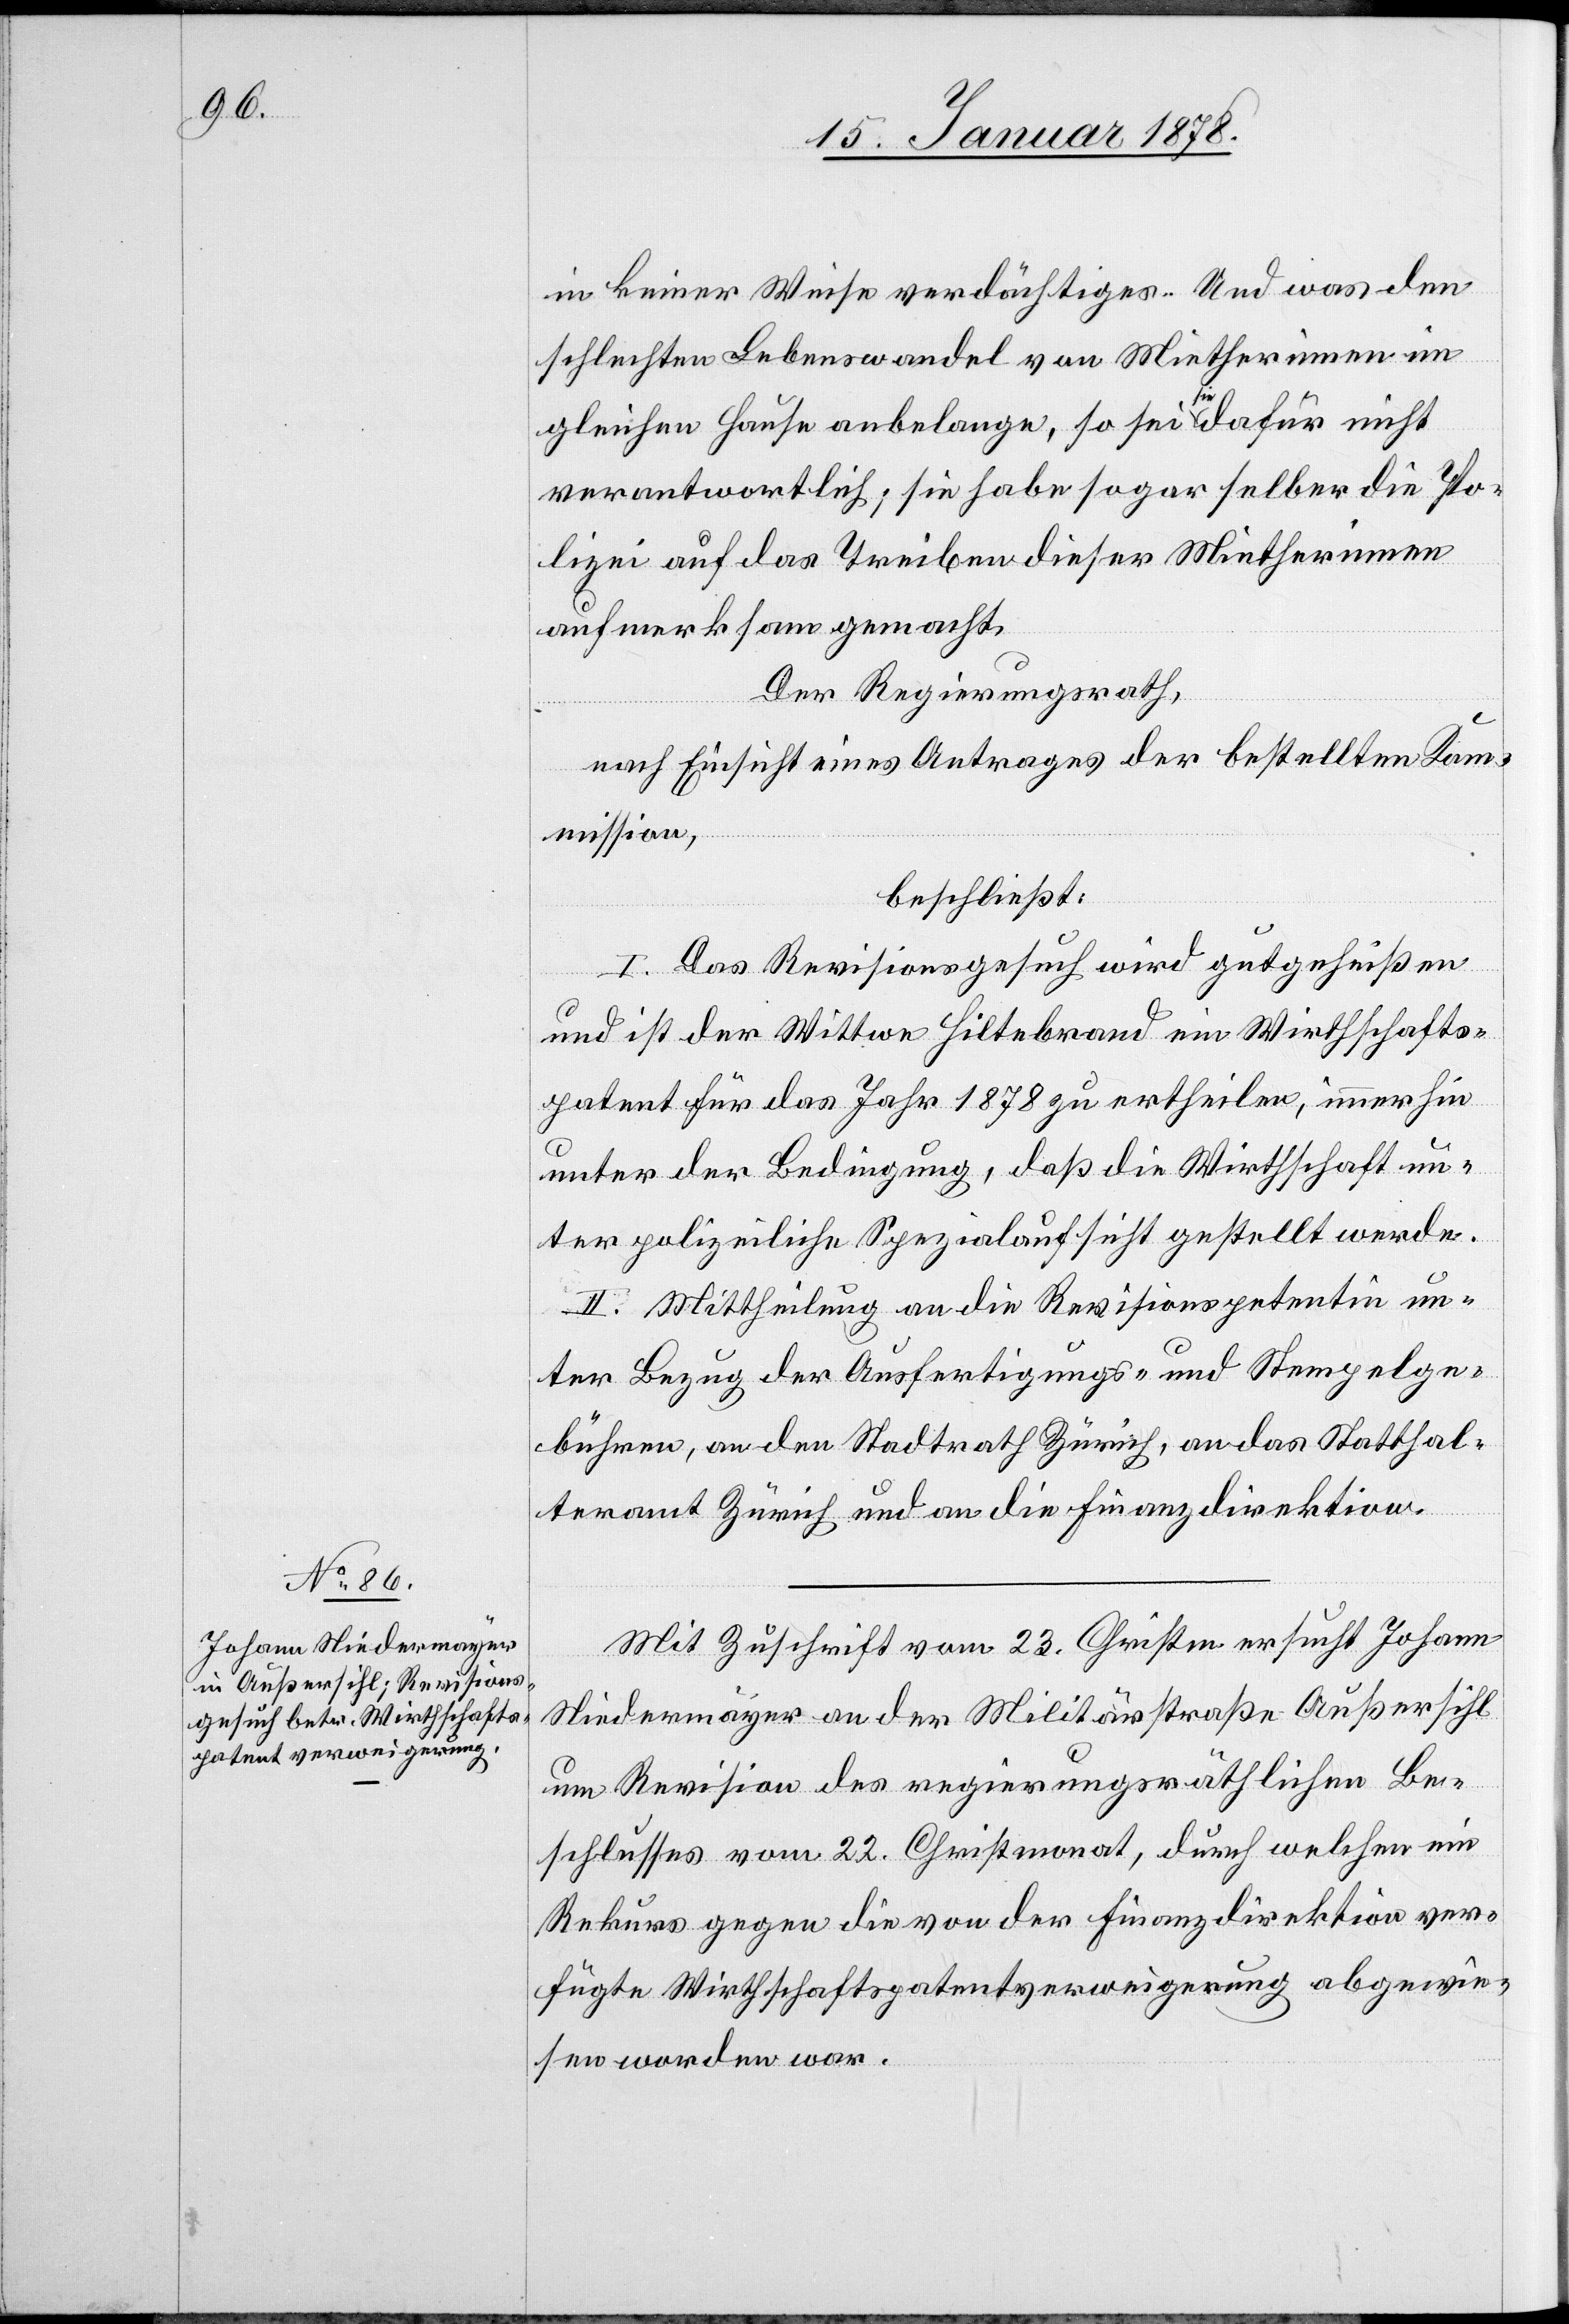
in keiner Weise verdächtiges. Und was den
schlechten Lebenswandel von Mietherinnen im
gleichen Hause anbelange, so sei sie dafür nicht
verantwortlich, sie habe sogar selber die Po¬
lizei auf das Treiben dieser Mietherinnen
aufmerksam gemacht.
Der Regierungsrath
nach Einsicht eines Antrages der bestellten Kom¬
mission,
beschließt:
I. Das Revisionsgesuch wird gutgeheißen
und ist der Wittwe Hiltebrand ein Wirthschafts¬
patent für das Jahr 1878 zu ertheilen, immerhin
unter der Bedingung, daß die Wirthschaft un¬
ter polizeiliche Spezialaufsicht gestellt werde.
II. Mittheilung an die Revisionspetentin un¬
ter Bezug der Ausfertigungs- und Stempelge¬
bühren, an den Stadtrath Zürich, an das Statthal¬
teramt Zürich und an die Finanzdirektion.
Mit Zuschrift vom 23. Christm. ersucht Johann
Niedermayer an der Militärstraße Außersihl
um Revision des regierungsräthlichen Be¬
schlusses vom 22. Christmonat, durch welcher ein
Rekurs gegen die von der Finanzdirektion ver¬
fügte Wirthschaftspatentsverweigerung abgewie¬
sen worden war.